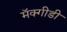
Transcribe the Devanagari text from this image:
मॅक्गीडी